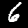
Label: 6